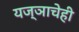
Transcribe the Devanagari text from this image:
यज्ञाचेही